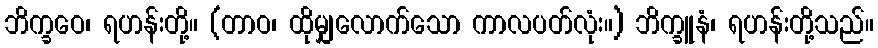
ဘိက္ခဝေ၊ ရဟန်းတို့။ (တာဝ၊ ထိုမျှလောက်သော ကာလပတ်လုံး။) ဘိက္ခူနံ၊ ရဟန်းတို့သည်။